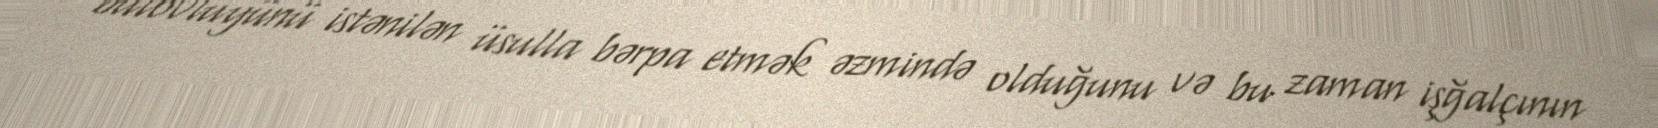
bütövlüyünü istənilən üsulla bərpa etmək əzmində olduğunu və bu zaman işğalçının